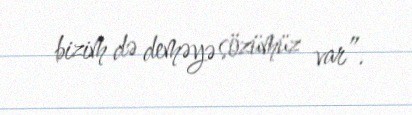
bizim də deməyə sözümüz var”.